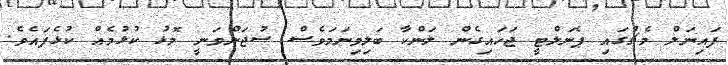
ފައިނަލް މެޗުގައި ޕެނަލްޓީ ޖަހައިގެން ލަންކާ ބަލިވިނަމަވެސް ސުޖަންވަނީ މޮޅު ކުޅުމެއް ކުޅެފައެވެ.